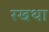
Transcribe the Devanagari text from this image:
रखथा